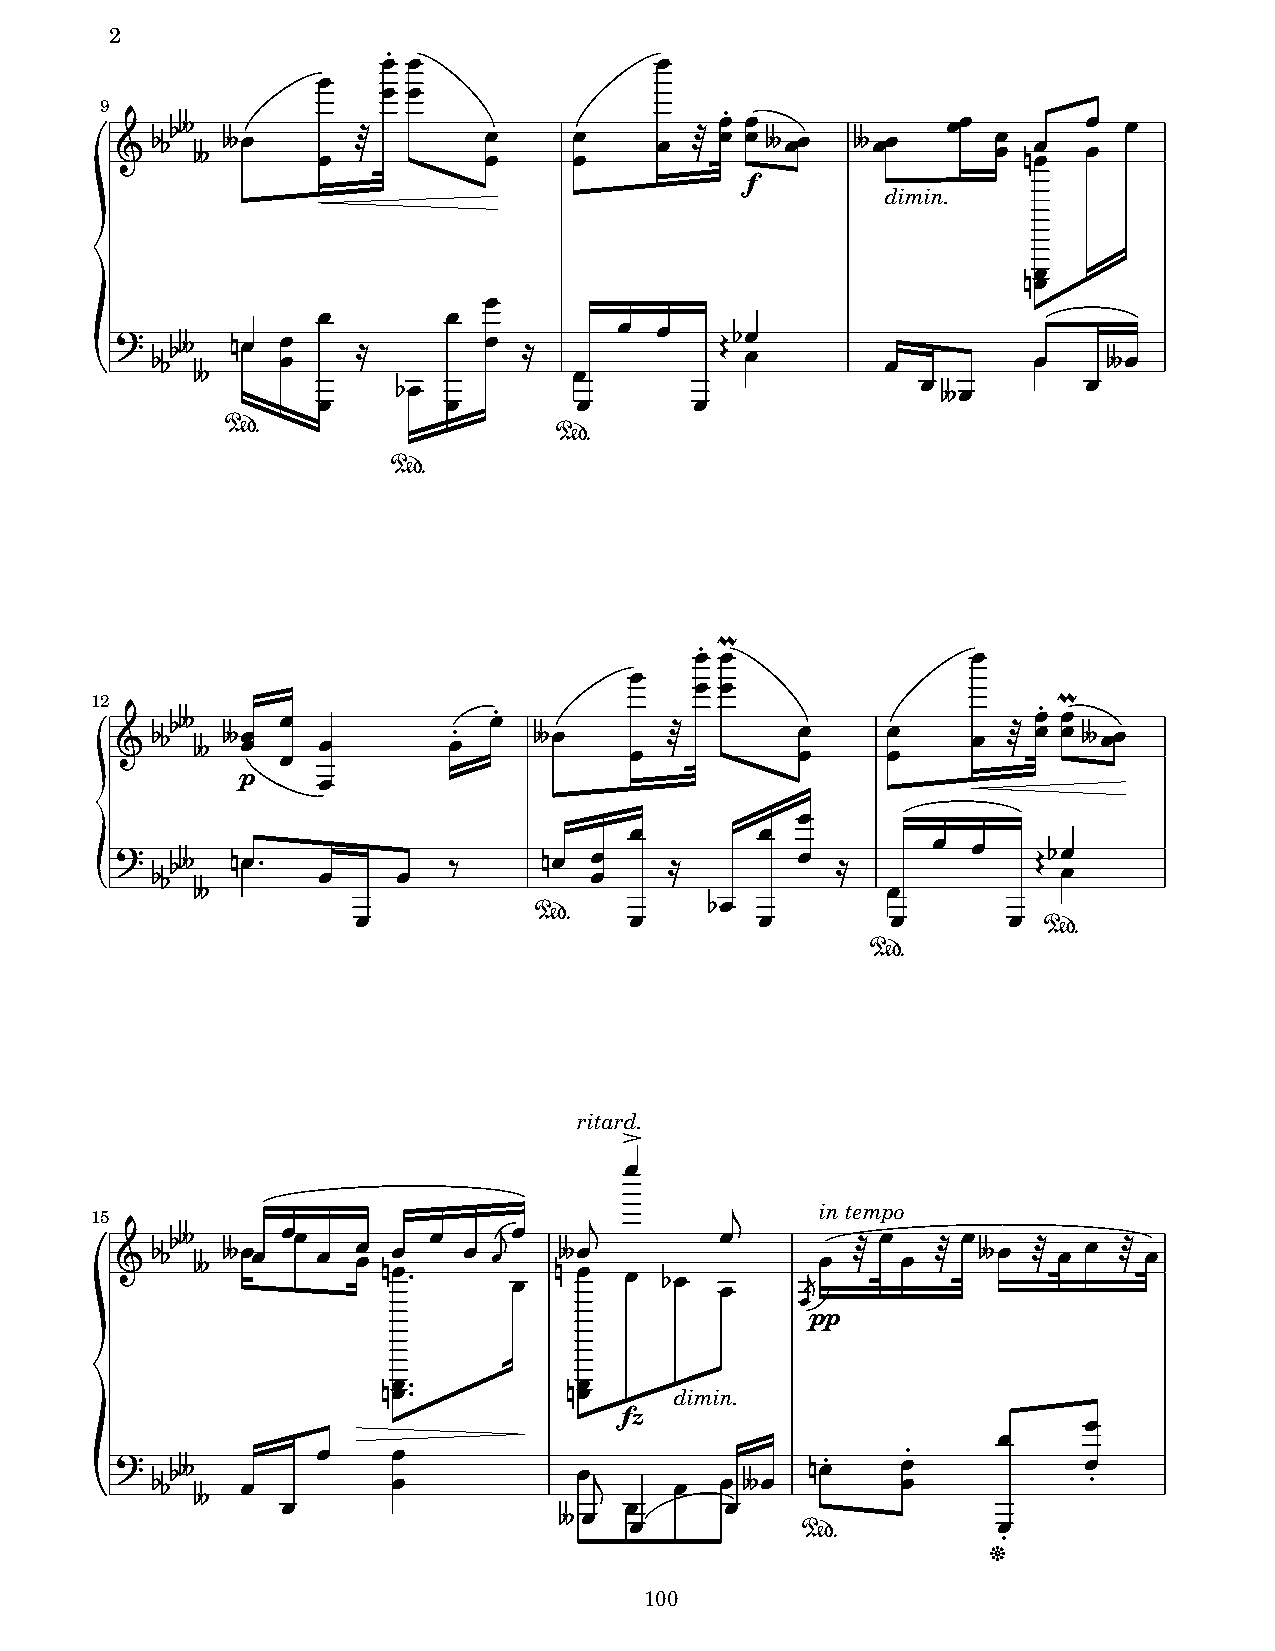
2
 "
 ! !               !
 !
 ! !
 9                                        "
 +
 ***#
 # #!    !  $       !!    !!   !  $
 !! !!
 #!!   #!!
 !!
 !! '!!
 !! !
 f
 dimin.
 !
 '!
 !
 !        !
 $
 ) ***# ''!! !
 !
 1       !  1     ! !    0 0* !!
 !        !!   #!
 #                        !
 *!                                 ! #!       !
 !        !       !       !
 &%
 &%
 &%
 2
 "
 ! !               !
 !
 ! !
 12
 +
 ***#
 # # p! !
 !!
 !        !"
 !"
 #!     ! $        ! !   ! !  !  $
 !!" ! !2
 #!!
 !
 !
 !       !
 ) ***# ''!/  !    !   -     '! ! !  1        ! 1      ! !    0 0*! !
 #                                             !
 *!
 %                !          &%     !       !        !       !
 &%
 &%
 ritard.
 3
 !
 .    in tempo
 15                               .
 +
 ***#
 # #!!
 !!
 !  ! ! '! !/
 !
 !
 !#!
 !  '#! ! ! *!
 !
 !     "#! $
 !
 ! $
 !
 #! $ ! ! $ !
 !pp
 !/          !
 '!/          '! fz  dimin.
 !
 !
 & ) ***# !    !    !!          !.     !  ! #!  '!"   !!"         ! "
 #
 !                     !      !
 # !
 !                       !
 &%            "
 (
 100